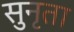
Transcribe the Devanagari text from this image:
सुनृता